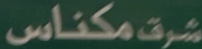
مکناس شرق